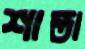
শান্তা